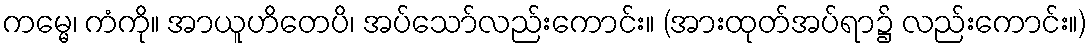
ကမ္မေ၊ ကံကို။ အာယူဟိတေပိ၊ အပ်သော်လည်းကောင်း။ (အားထုတ်အပ်ရာ၌ လည်းကောင်း။)